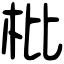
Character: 枇